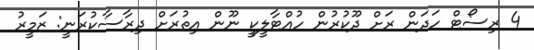
4 ރިސޯޓް ހަަދަން ރަށް ދޫކުރުން ހުއްޓާލީކީ ނޫން އިތުރަށް ދިރާސާކުރަނީ: ޒަމީރު